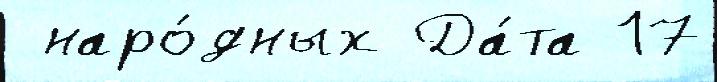
 наро́дных Да́та 17